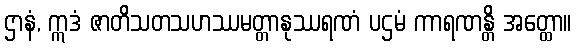
ဌာနံ, ဣဒံ ဇာတိသတသဟဿမတ္တာနုဿရဏံ ပဌမံ ကာရဏန္တိ အတ္ထော။